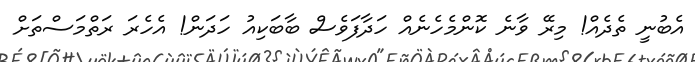
އެބުނީ ތެދެއް! މިރޭ ވާނެ ކޮންމެހެނެއް ހަދާފަވެސް ބާބަކިއު ހަދަން! އެހެރަ ރަތްމަސްތަށް